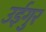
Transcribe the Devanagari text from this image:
उईगुर